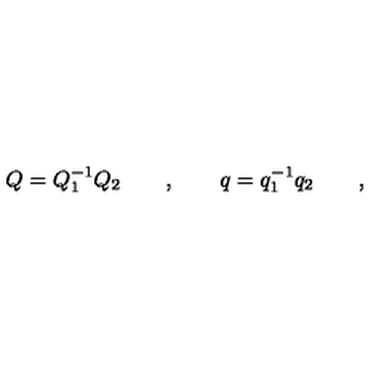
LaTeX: Q = Q _ { 1 } ^ { - 1 } Q _ { 2 } \qquad , \qquad q = q _ { 1 } ^ { - 1 } q _ { 2 } \qquad ,